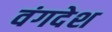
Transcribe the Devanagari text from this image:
वंगदेश